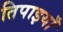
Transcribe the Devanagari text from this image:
तिपाइयाँ